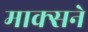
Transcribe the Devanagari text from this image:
माक्सने